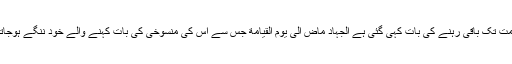
یقینا اسی لیے حدیثِ پاک میں انتہائی شدّ ومد کے ساتھ جہاد کے قیامت تک باقی رہنے کی بات کہی گئی ہے اَلْجِہَادُ مَاضٍ اِلَیٰ یَوْمِ الْقِیَامَةِ جس سے اس کی منسوخی کی بات کہنے والے خود ننگے ہوجاتے ہیں اور ان کا ملتِ اسلام سے خارج ہونا از خود عیاں ہوجاتا ہے۔